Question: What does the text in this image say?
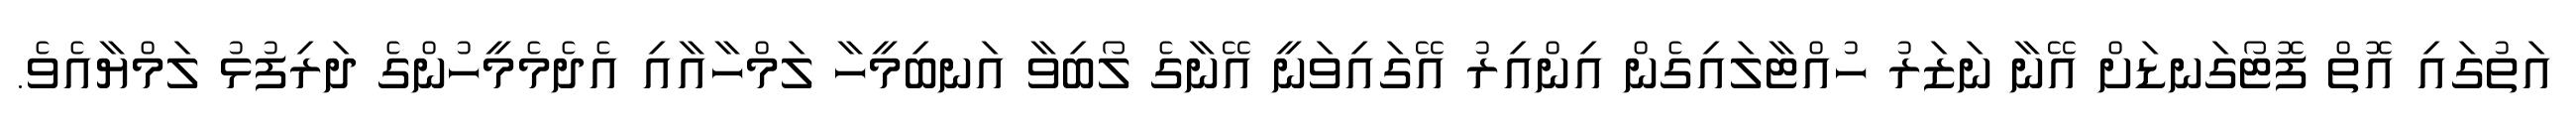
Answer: އަތުގައި އޮތް ފޮޓޯގަނޑަށް އޭނާ ނަޒަރު ހުއްޓާލައިގެން އިންއިރު އޭގައިވަނީ އޭނާގެ ލޯބިވާ އަނބިމީހާ ލަމްހާއާއި އެދެމެމީހުންގެ ދަރިފުޅު ލަމްޔާއެވެ.